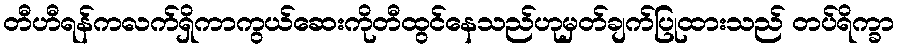
တီဟီရန်ကလက်ရှိကာကွယ်ဆေးကိုတီထွင်နေသည်ဟုမှတ်ချက်ပြုထားသည် တပ်ရိက္ခာ